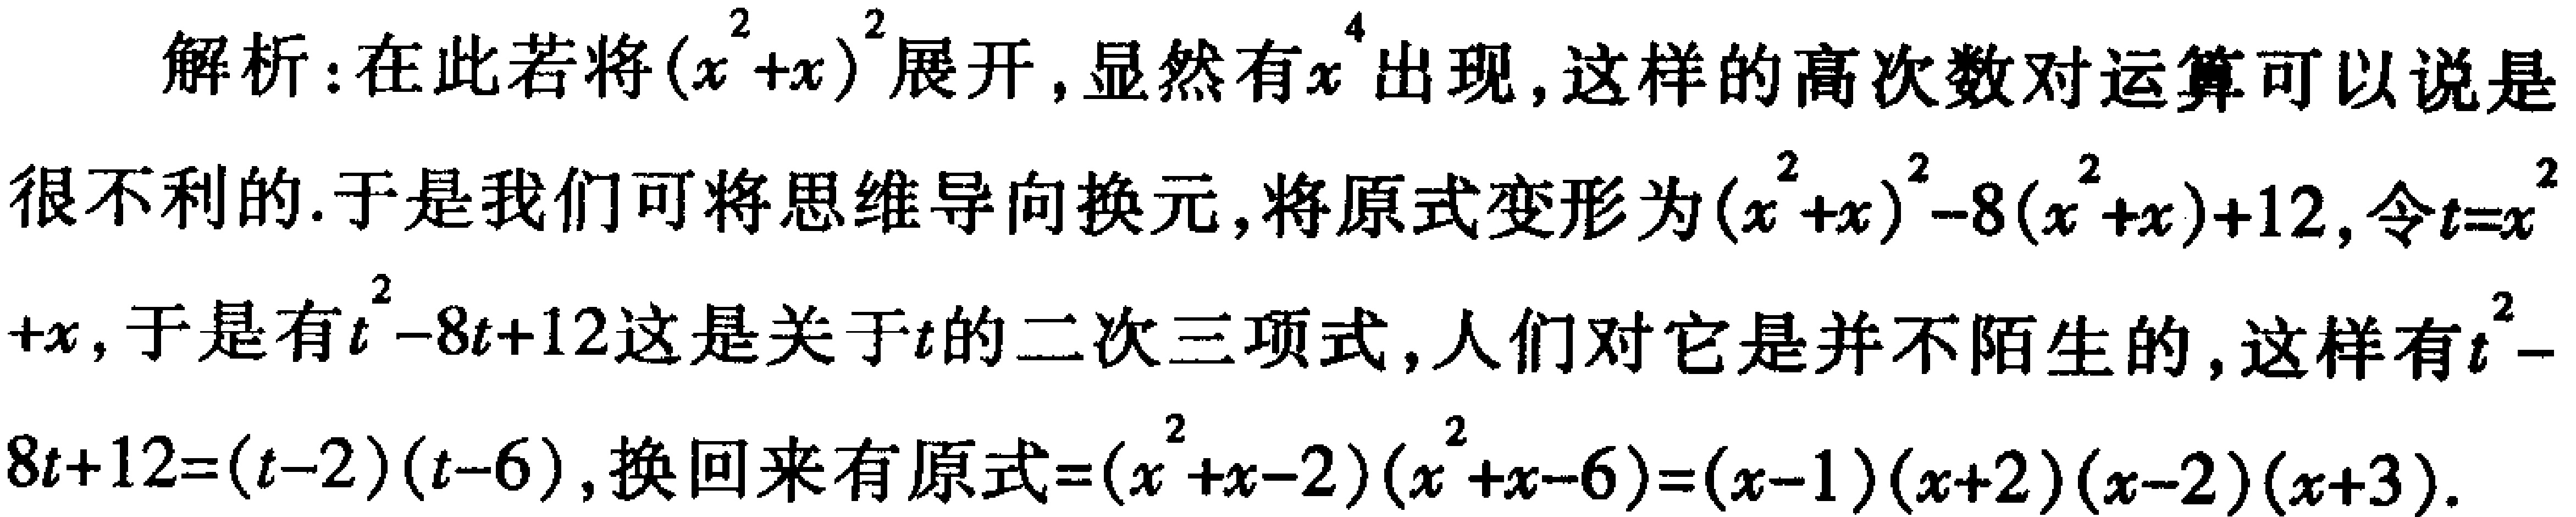
解析：在此若将\((x^{2}+x)^{2}\)展开，显然有\(x^{4}\)出现，这样的高次数对运算可以说是很不利的.于是我们可将思维导向换元，将原式变形为\((x^{2}+x)^{2}-8(x^{2}+x)+12\)，令\(t = x^{2}+x\)，于是有\(t^{2}-8t + 12\)这是关于\(t\)的二次三项式，人们对它是并不陌生的，这样有\(t^{2}-8t + 12=(t - 2)(t - 6)\)，换回来有原式\(=(x^{2}+x - 2)(x^{2}+x - 6)=(x - 1)(x + 2)(x - 2)(x + 3)\).